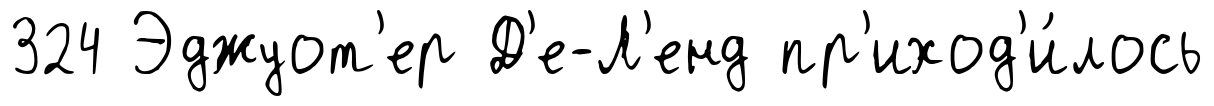
324 Эджуот'ер Д'е-Л'енд пр'иход'и́лось